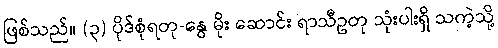
ဖြစ်သည်။ (၃) ပိုဒ်စုံရတု-နွေ မိုး ဆောင်း ရာသီဥတု သုံးပါးရှိ သကဲ့သို့